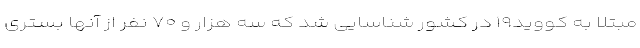
مبتلا به کووید۱۹ در کشور شناسایی شد که سه هزار و ۷۰ نفر از آنها بستری